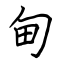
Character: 甸